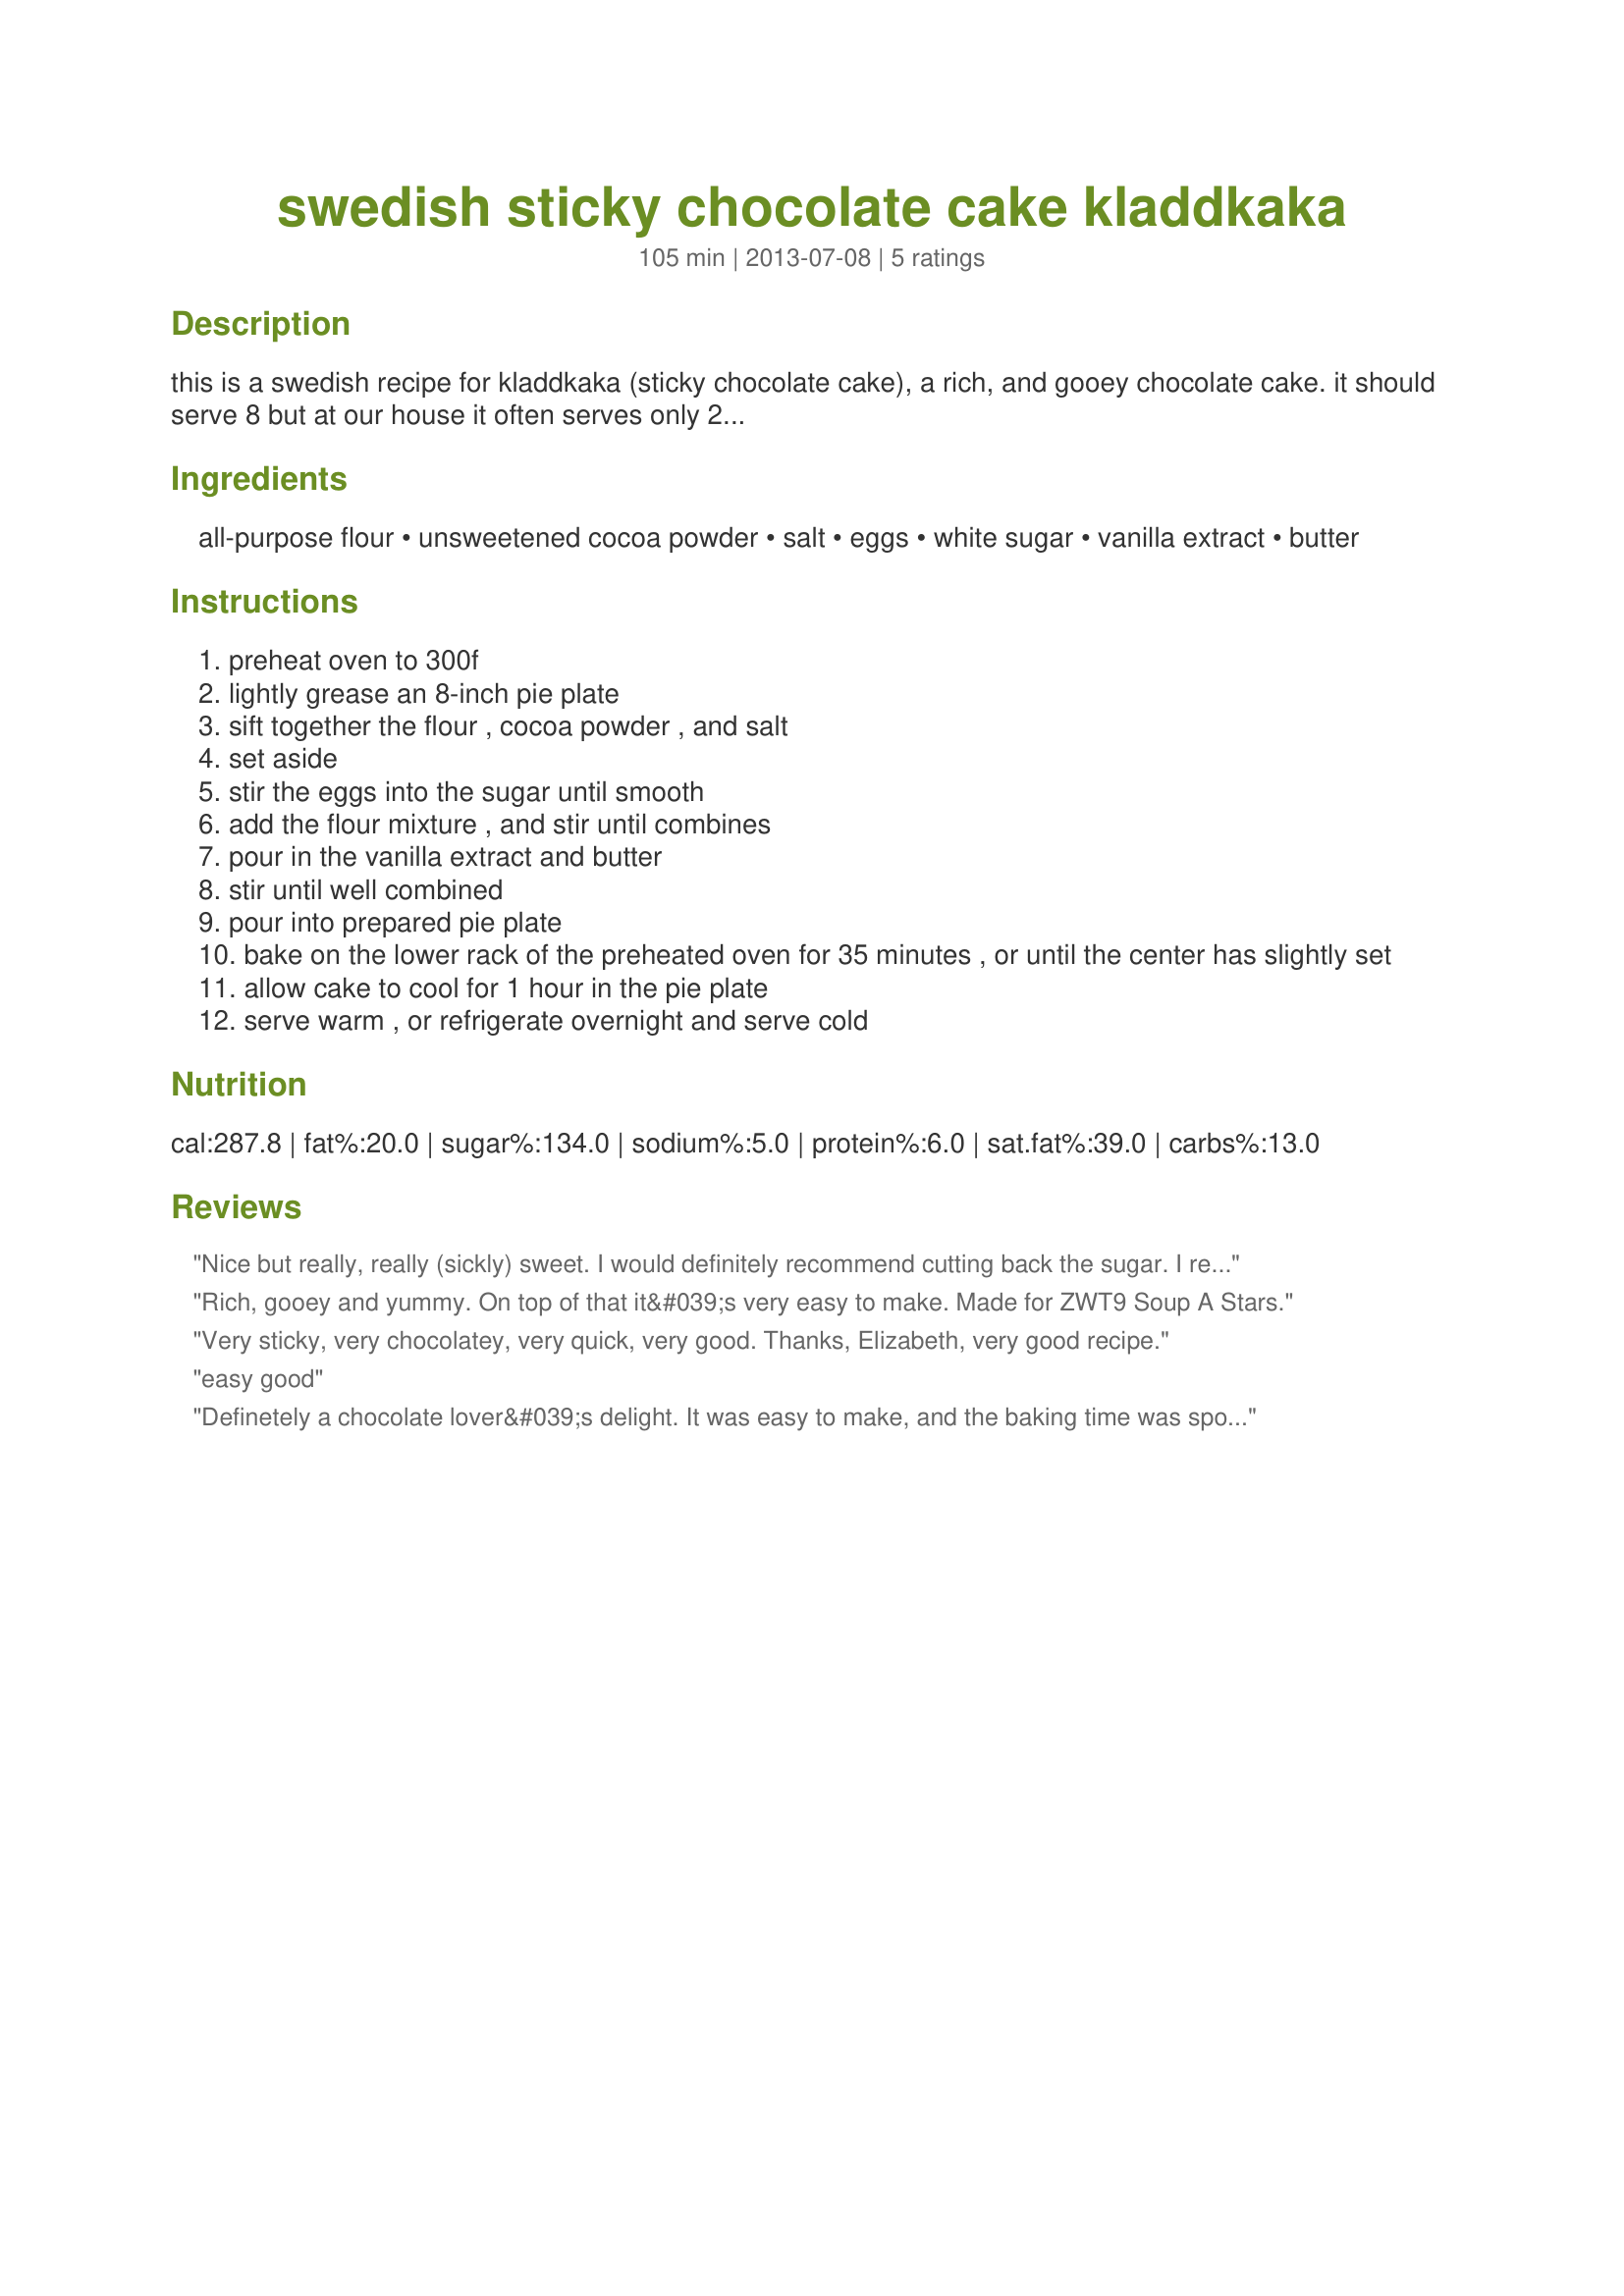
swedish sticky chocolate cake kladdkaka
Preparation time: 105 minutes

this is a swedish recipe for kladdkaka (sticky chocolate cake), a rich, and gooey chocolate cake. it should serve 8 but at our house it often serves only 2...

Ingredients:
all-purpose flour, unsweetened cocoa powder, salt, eggs, white sugar, vanilla extract, butter

Steps:
preheat oven to 300f
lightly grease an 8-inch pie plate
sift together the flour , cocoa powder , and salt
set aside
stir the eggs into the sugar until smooth
add the flour mixture , and stir until combines
pour in the vanilla extract and butter
stir until well combined
pour into prepared pie plate
bake on the lower rack of the preheated oven for 35 minutes , or until the center has slightly set
allow cake to cool for 1 hour in the pie plate
serve warm , or refrigerate overnight and serve cold

Reviews:
Nice but really, really (sickly) sweet. I would definitely recommend cutting back the sugar. I really like the idea of a gooey warm chocolatey cake though, so will persist with this recipe until it suits my taste.
Rich, gooey and yummy. On top of that it&#039;s very easy to make. Made for ZWT9 Soup A Stars.
Very sticky, very chocolatey, very quick, very good. Thanks, Elizabeth, very good recipe.
easy good
Definetely a chocolate lover&#039;s delight. It was easy to make, and the baking time was spot on. I did find it moist, which is really great.
